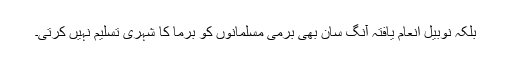
بلکہ نوبیل انعام یافتہ آنگ سان بھی برمی مسلمانوں کو برما کا شہری تسلیم نہیں کرتی۔